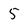
Character: 5